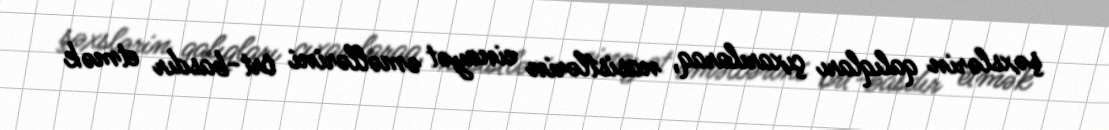
şəxslərin qalıqları çıxarılaraq, nasistlərin cinayət əməllərini ört-basdır etmək